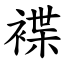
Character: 褋